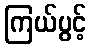
ကြယ်ပွင့်